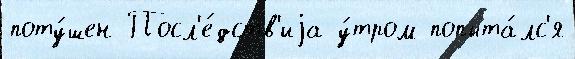
поту́шен Посл'е́дств'иjа у́тром попыта́лс'я